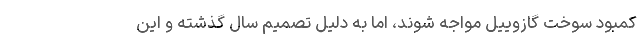
کمبود سوخت گازوییل مواجه شوند، اما به دلیل تصمیم سال گذشته و این